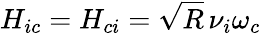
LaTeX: H_{ic}=H_{ci}=\sqrt{R}\, \nu_{i}\omega_{c}